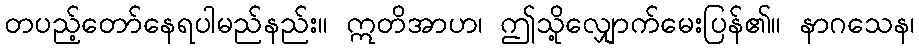
တပည့်တော်နေရပါမည်နည်း။ ဣတိအာဟ၊ ဤသို့လျှောက်မေးပြန်၏။ နာဂသေန၊